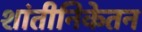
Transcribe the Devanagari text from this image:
शांतीनिकेतन